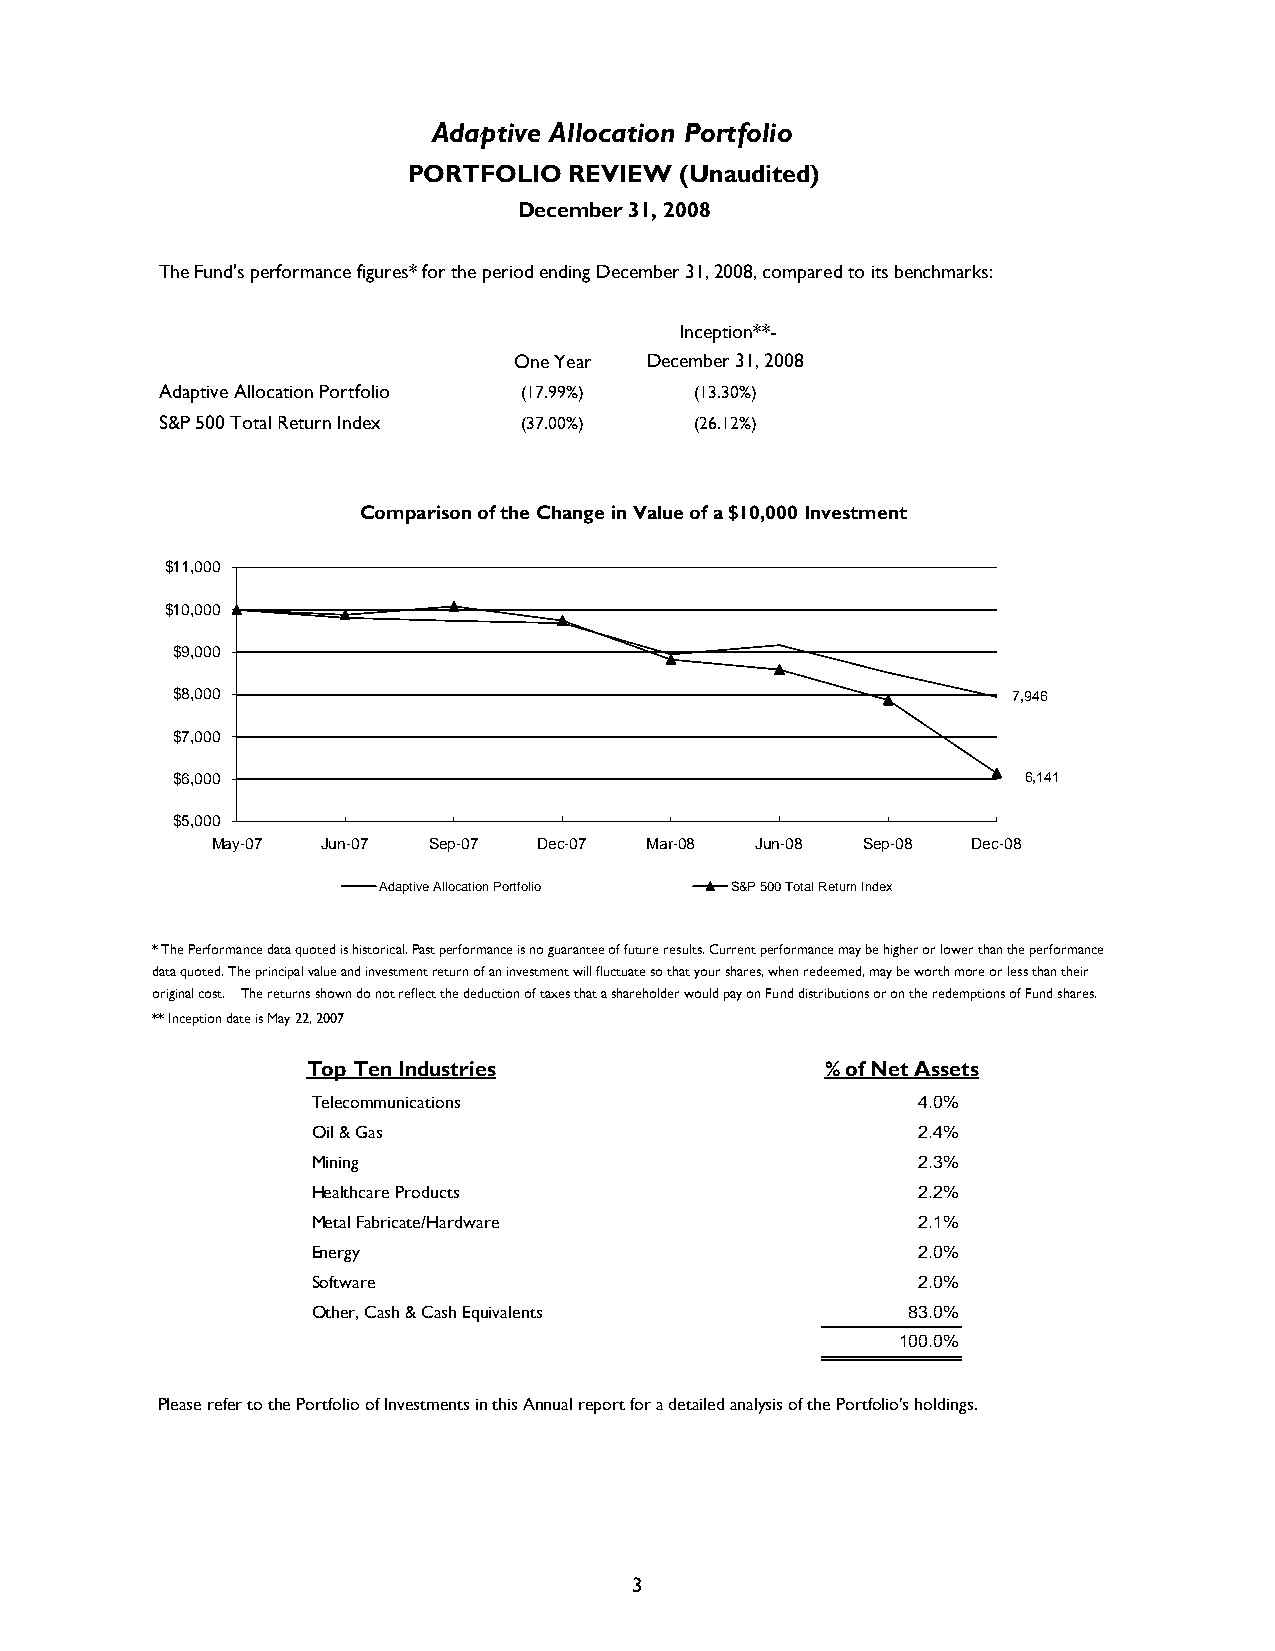
Adaptive Allocation Portfolio
 PORTFOLIO  REVIEW (Unaudited)
 December 31, 2008
 The Fund's performance figures* for the period ending December 31, 2008, compared to its benchmarks:
 Inception**-
 One Year December 31, 2008
 Adaptive Allocation Portfolio (17.99%) (13.30%)
 S&P 500 Total Return Index (37.00%) (26.12%)
 Comparison of the Change in Value of a $10,000 Investment
 $11,000
 $10,000
 $9,000
 $8,000                                                  7,946
 $7,000
 $6,000                                                   6,141
 $5,000
 May-07 Jun-07 Sep-07  Dec-07 Mar-08 Jun-08 Sep-08 Dec-08
 Adaptive Allocation Portfolio S&P 500 Total Return Index
 * The Performance data quoted is historical. Past performance is no guarantee of future results. Current performance may be higher or lower than the performance
 data quoted. The principal value and investment return of an investment will fluctuate so that your shares, when redeemed, may be worth more or less than their
 original cost. The returns shown do not reflect the deduction of taxes that a shareholder would pay on Fund distributions or on the redemptions of Fund shares.
 ** Inception date is May 22, 2007
 Top Ten Industries                 % of Net Assets
 Telecommunications                      4.0%
 Oil & Gas                               2.4%
 Mining                                  2.3%
 Healthcare Products                     2.2%
 Metal Fabricate/Hardware                2.1%
 Energy                                  2.0%
 Software                                2.0%
 Other, Cash & Cash Equivalents         83.0%
 100.0%
 Please refer to the Portfolio of Investments in this Annual report for a detailed analysis of the Portfolio's holdings.
 3